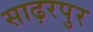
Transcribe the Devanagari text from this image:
साढ़रपुर